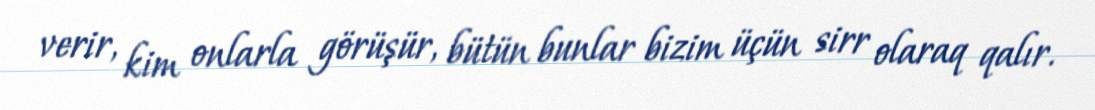
verir, kim onlarla görüşür, bütün bunlar bizim üçün sirr olaraq qalır.